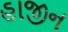
હાજીન